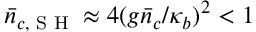
\bar { n } _ { c , \textrm { S H } } \approx 4 ( g \bar { n } _ { c } / \kappa _ { b } ) ^ { 2 } < 1